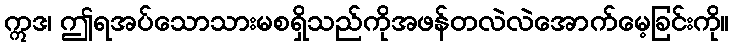
ဣဒ၊ ဤရအပ်သောသားမစရှိသည်ကိုအဖန်တလဲလဲအောက်မေ့ခြင်းကို။